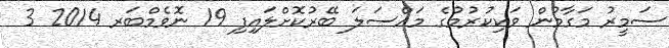
ސަމީރު މަގާމުން ވަކިކުރުމުގެ މައްސަލަ ބޭރުކޮށްލައިފި 19 ނޮވެމްބަރ 2014 3